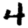
Digit: 4